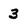
Character: 3